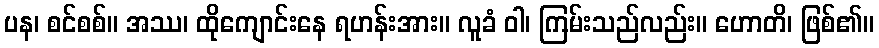
ပန၊ စင်စစ်။ အဿ၊ ထိုကျောင်းနေ ရဟန်းအား။ လူခံ ဝါ၊ ကြမ်းသည်လည်း။ ဟောတိ၊ ဖြစ်၏။